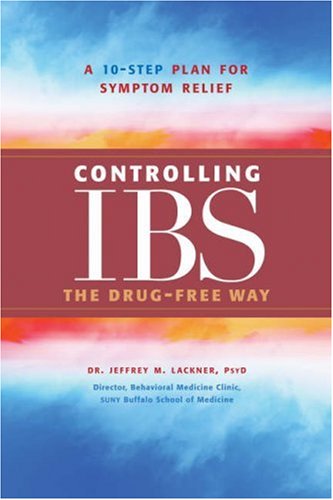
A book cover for Controlling IBS the Drug-Free Way: A 10-Step Plan for Symptom Relief; Dr. Jeffrey M. Lackner; Health, Fitness & Dieting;